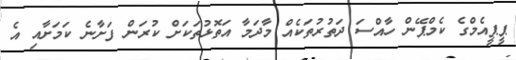
ޕީޕީއެމްގެ ކެމްޕޭން ހާއްސަ ދަތުރުތަކެއް މާދަމާ އަތޮޅުތަކަށް ކުރަން ފަށާނެ ކަމަށާއި އެ